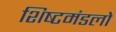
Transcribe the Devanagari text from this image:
शिष्‍टमंडलों